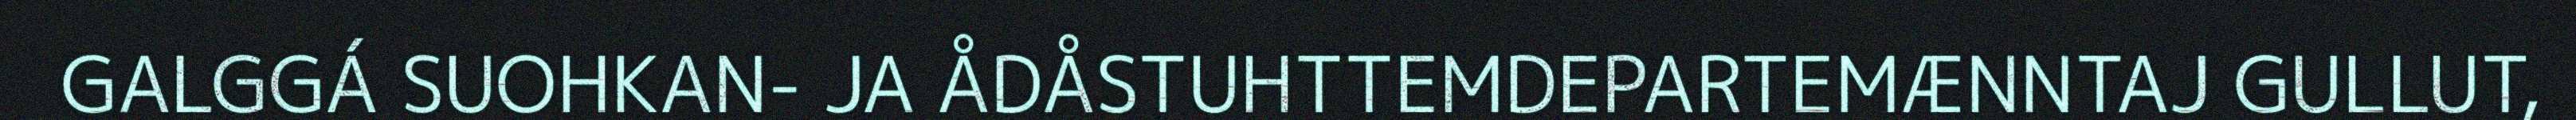
GALGGÁ SUOHKAN- JA ÅDÅSTUHTTEMDEPARTEMÆNNTAJ GULLUT,